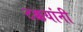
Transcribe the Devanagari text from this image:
टक्कयांनी